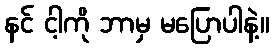
နင် ငါ့ကို ဘာမှ မပြောပါနဲ့။